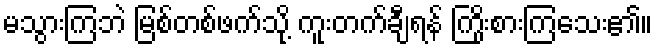
မသွားကြဘဲ မြစ်တစ်ဖက်သို့ ကူးတက်ချီရန် ကြိုးစားကြသေး၏။